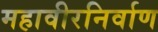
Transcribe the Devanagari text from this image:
महावीरनिर्वाण